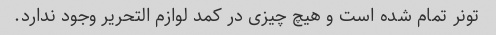
تونر تمام شده است و هیچ چیزی در کمد لوازم التحریر وجود ندارد.